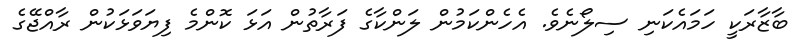
ބާޒާރަކީ ހަމައެކަނި ސިލޯނެވެ. އެހެންކަމުން ލަންކާގެ ފަރާތުން އަޅަ ކޮންމެ ފިޔަވަޅަކުން ރާއްޖޭގެ